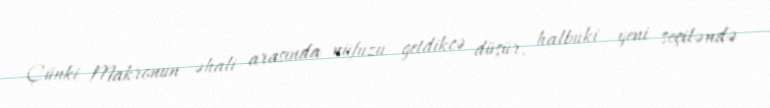
Çünki Makronun əhali arasında nüfuzu getdikcə düşür, halbuki yeni seçiləndə